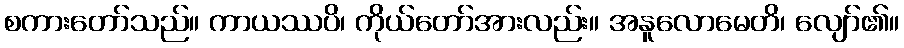
စကားတော်သည်။ ကာယဿပိ၊ ကိုယ်တော်အားလည်း။ အနူလောမေတိ၊ လျော်၏။